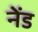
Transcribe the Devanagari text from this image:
नेंड